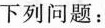
下列问题：